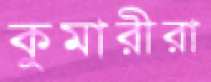
কুমারীরা